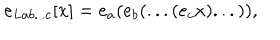
e _ { L a b . . . c } [ x ] = e _ { a } ( e _ { b } ( . . . ( e _ { c } x ) . . . ) ) ,